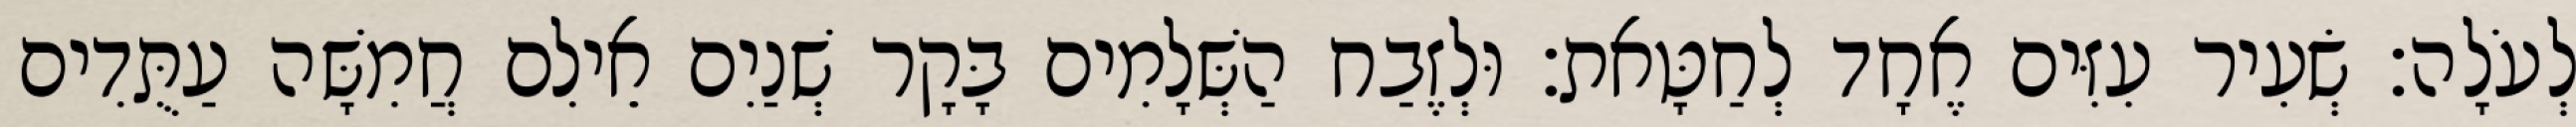
לְעֹלָה׃ שְׂעִיר עִזִּים אֶחָד לְחַטָּאת׃ וּלְזֶבַח הַשְּׁלָמִים בָּקָר שְׁנַיִם אֵילִם חֲמִשָּׁה עַתֻּדִים